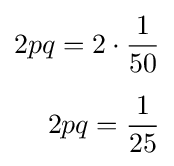
{\begin{aligned}2pq=2\cdot {\frac {1}{50}}\\[5pt]2pq={\frac {1}{25}}\end{aligned}}